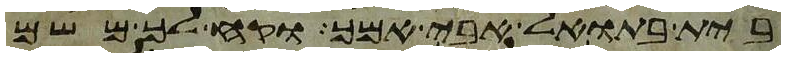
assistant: בית בתואל אבי אמך וקח לך משם